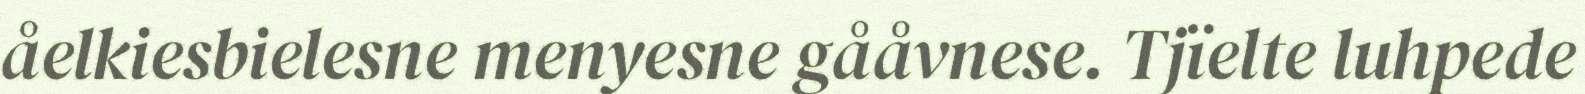
åelkiesbielesne menyesne gååvnese. Tjïelte luhpede